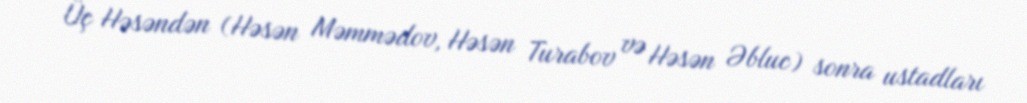
Üç Həsəndən (Həsən Məmmədov, Həsən Turabov və Həsən Əbluc) sonra ustadları